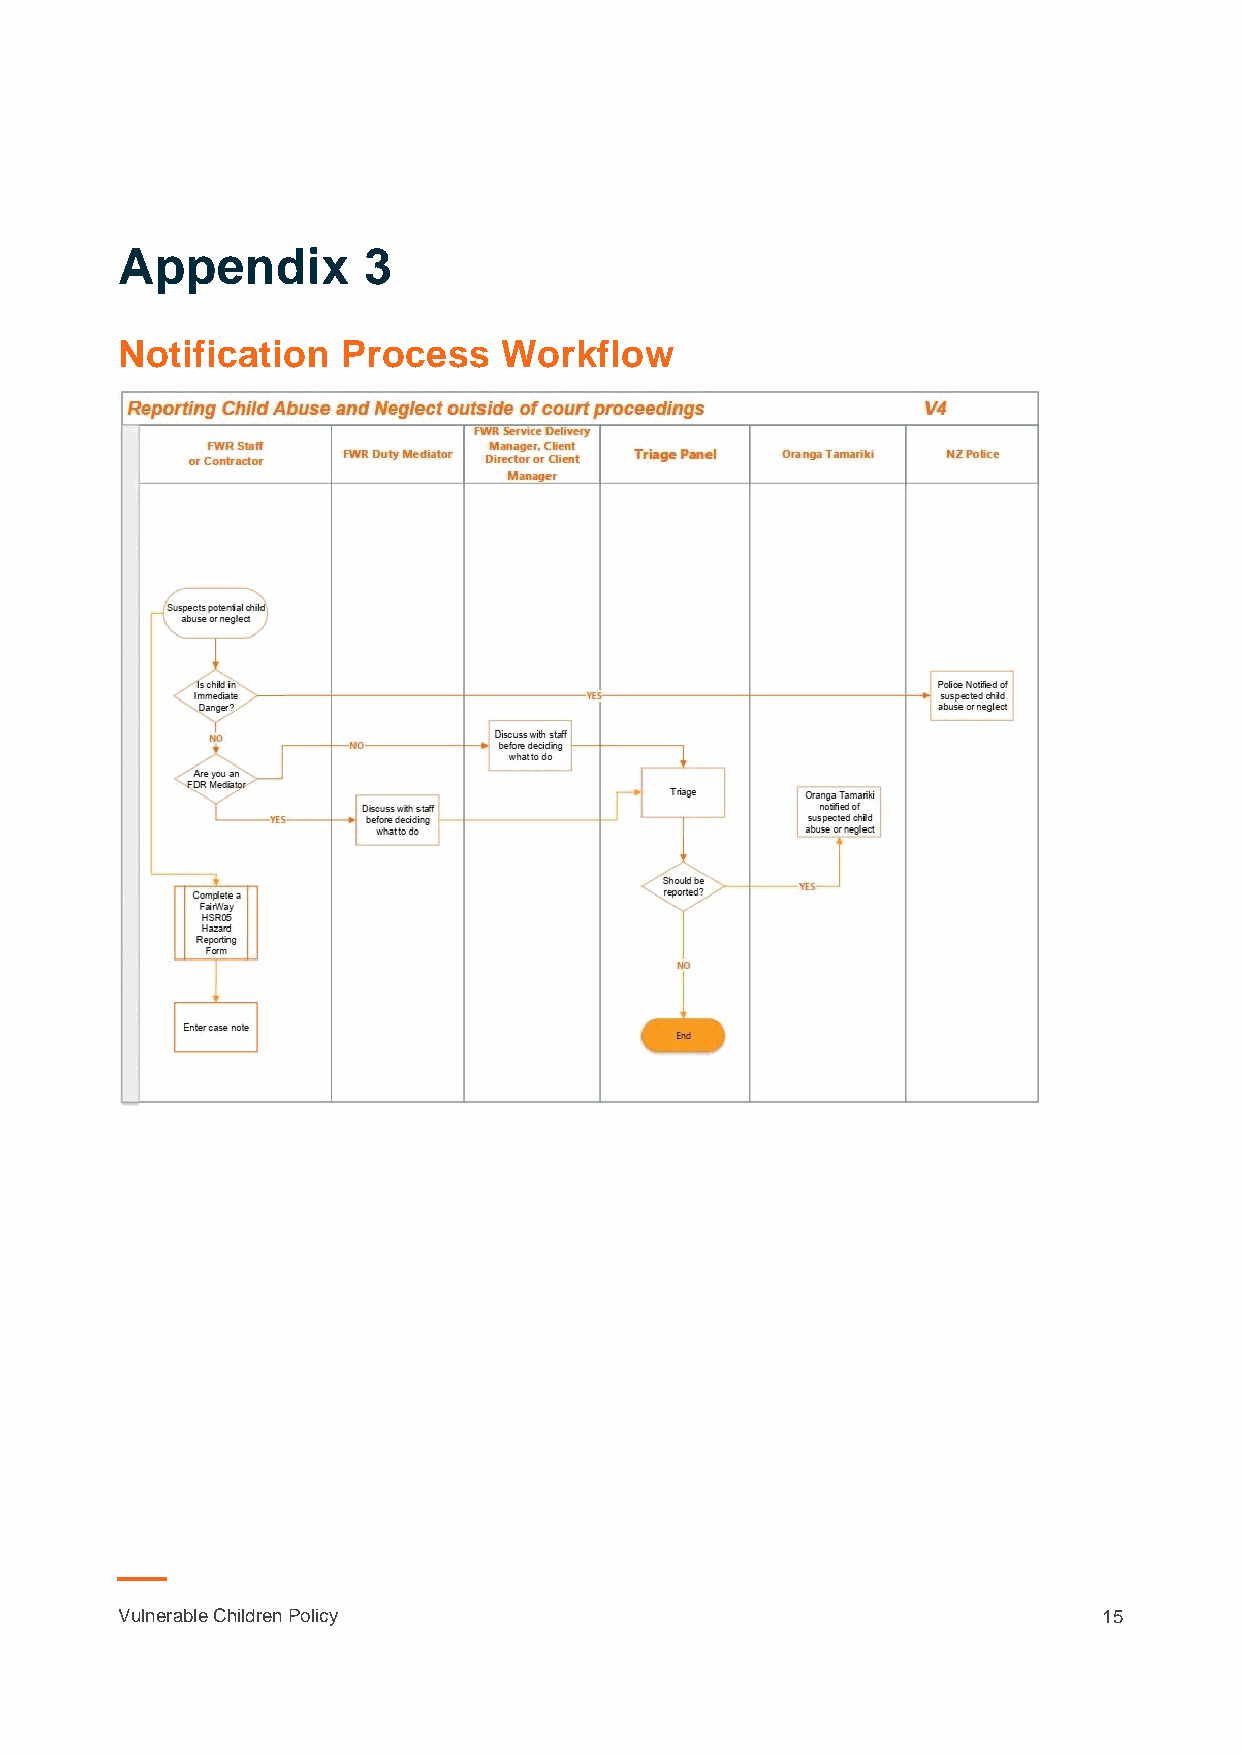
Appendix        3
 Notification   Process   Workflow
 Vulnerable Children Policy                                       15